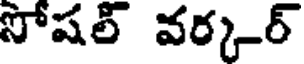
సోషల్ వర్కర్